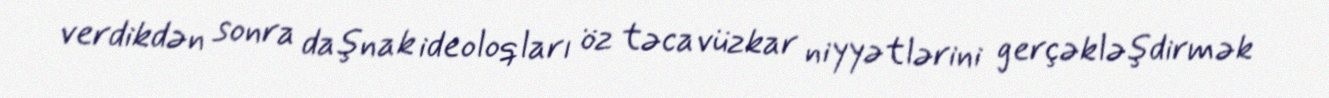
verdikdən sonra daşnak ideoloqları öz təcavüzkar niyyətlərini gerçəkləşdirmək